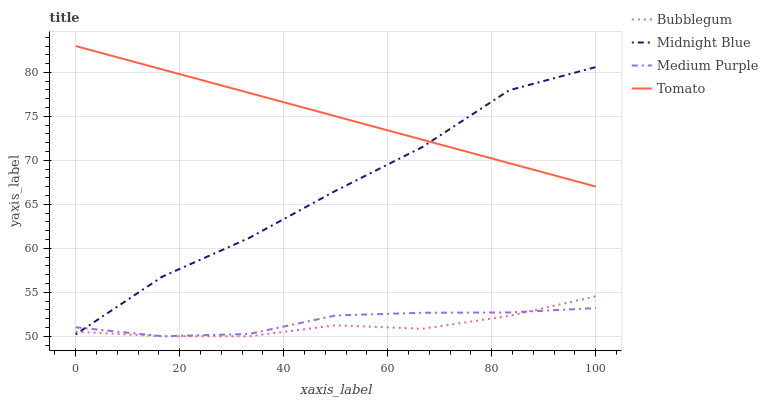
| xaxis_label | Bubblegum | Midnight Blue | Medium Purple | Tomato |
 | --- | --- | --- | --- | --- |
 | 0 | 50.5 | 50.2 | 51 | 83 |
 | 16.7 | 50 | 56.8 | 50 | 80.3 |
 | 33.3 | 50 | 61.2 | 50.3 | 77.7 |
 | 50 | 51.3 | 66.5 | 52.4 | 75 |
 | 66.7 | 50.8 | 71.5 | 52.7 | 72.3 |
 | 83.3 | 52.3 | 78 | 52.7 | 69.7 |
 | 100 | 54.5 | 80.6 | 53.2 | 67 |